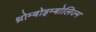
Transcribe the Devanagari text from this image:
थ्रोम्बोइम्बोलिज्म